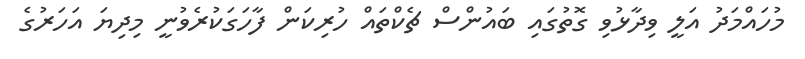
މުހައްމަދު އަލީ ވިދާޅުވި ގޮތުގައި ބައުންސް ޗެކްތައް ހުރިކަން ފާހަގަކުރެވުނީ މިދިޔަ އަހަރުގެ